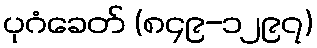
ပုဂံခေတ် (၈၄၉-၁၂၉၇)